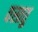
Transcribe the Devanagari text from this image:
वस्ततु